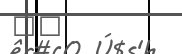
١٣